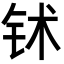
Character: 𬬸